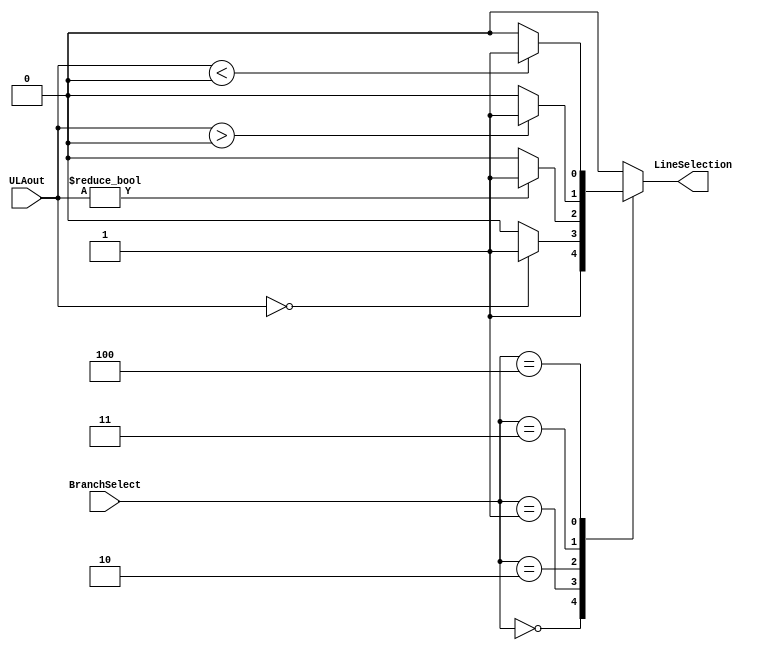
module BranchControl (BranchSelect, ULAout, LineSelection);
	input [31:0] ULAout;
	input [2:0] BranchSelect;
	output reg LineSelection;

	always @ (*) begin
		
		case(BranchSelect[2:0])
			3'b000: LineSelection = 1;//j e jr
			3'b001: 
				if (ULAout == 0) //beq
					LineSelection = 1;
				else
					LineSelection = 0;
			3'b010: 
				if (ULAout != 0) //bne
					LineSelection = 1;
				else
					LineSelection = 0;
			3'b011:
				if ($signed(ULAout) > 0) //bgt
					LineSelection = 1;
				else
					LineSelection = 0;
			3'b100:
				if ($signed(ULAout) < 0) //blt
					LineSelection = 1;
				else
					LineSelection = 0;
			3'b101: LineSelection = 0; //nada
			default: LineSelection = 0;
		endcase
		
	end
endmodule